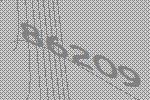
86209